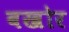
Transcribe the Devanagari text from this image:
बखोर